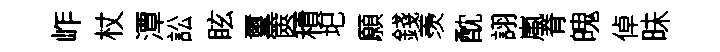
岞杖潭訟眩璽篋積圯願錢羡酖詡嵐脊魄倬昧